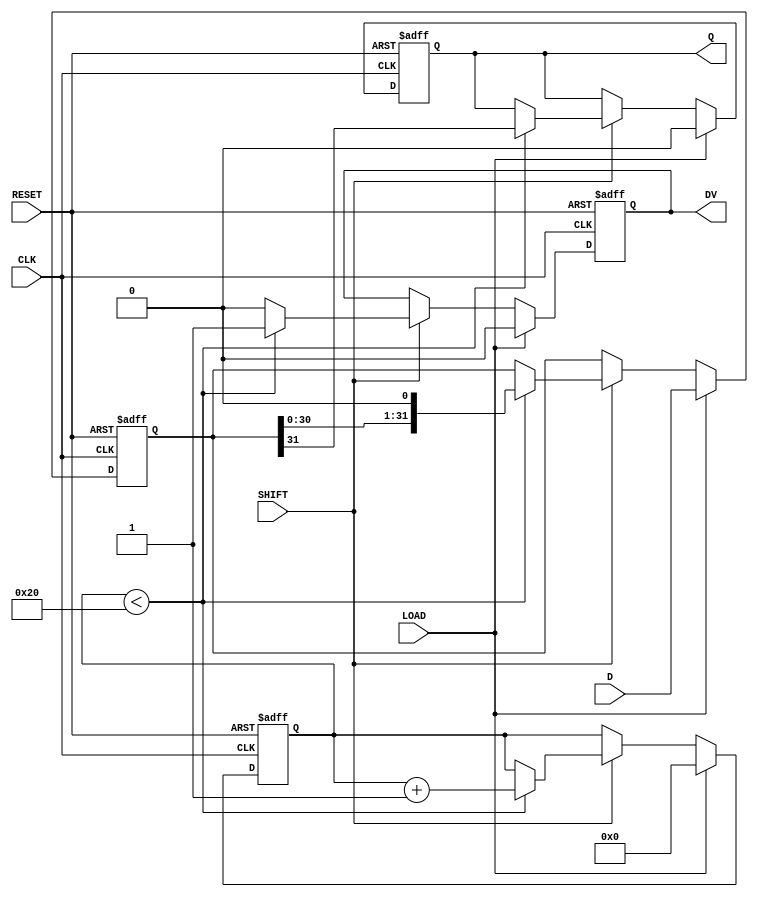
module PISO_Register (
    input wire [31:0] D,       // 32-bit input data
    input wire LOAD,           // Load control signal
    input wire SHIFT,          // Shift control signal
    input wire CLK,            // Clock signal
    input wire RESET,          // Asynchronous reset signal
    output reg Q,              // Serial output
    output reg DV              // Data valid output
);

    reg [31:0] shift_reg;      // Internal shift register
    reg [5:0] shift_count;      // Counter to track number of shifts

    // Asynchronous reset
    always @(posedge CLK or posedge RESET) begin
        if (RESET) begin
            shift_reg <= 32'b0; // Clear the shift register
            Q <= 1'b0;          // Clear the serial output
            DV <= 1'b0;         // Clear the data valid output
            shift_count <= 6'b0; // Reset shift counter
        end else begin
            if (LOAD) begin
                // Load data into shift register
                shift_reg <= D;
                Q <= 1'b0;      // Clear serial output on load
                DV <= 1'b0;     // Clear data valid output
                shift_count <= 6'b0; // Reset shift counter
            end else if (SHIFT) begin
                if (shift_count < 32) begin
                    Q <= shift_reg[31]; // Output the MSB
                    shift_reg <= {shift_reg[30:0], 1'b0}; // Shift left
                    DV <= 1'b1; // Data is valid while shifting
                    shift_count <= shift_count + 1; // Increment shift counter
                end else begin
                    DV <= 1'b0; // No valid data after all bits shifted
                end
            end
        end
    end

endmodule